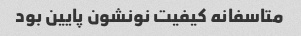
متاسفانه کیفیت نونشون پایین بود